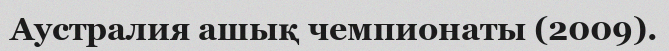
Аустралия ашық чемпионаты (2009).